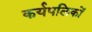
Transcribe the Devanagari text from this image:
कर्यपलिकों